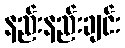
နည်းနည်းချင်း